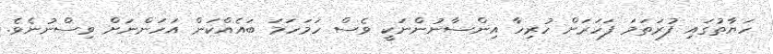
ހަޔާތުގައި ފުރަތަމަ ފަހަރަށް ހުރިހާ އިންސާނުންނަކީ ވެސް ހަމަހަމަ ބައެއްކަން އަހަންނަށް ވިސްނުނެވެ.